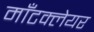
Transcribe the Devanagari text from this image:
माँटक्लेयर